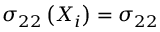
\sigma _ { 2 2 } \left( X _ { i } \right) = \sigma _ { 2 2 }